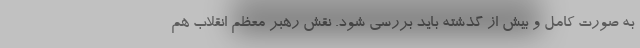
به صورت کامل و بیش از گذشته باید بررسی شود. نقش رهبر معظم انقلاب هم